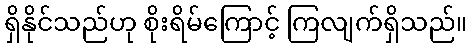
ရှိနိုင်သည်ဟု စိုးရိမ်ကြောင့် ကြလျက်ရှိသည်။